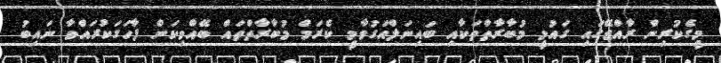
މީގެކުރިން ރާއްޖޭގައި ގައުމީ މުބާރާތްތަކާއި ބައިނަލްއަގުވާމީ ކެރަމް މުބާރާތްތައް ބޭއްވިކަން ފާހަގަކުރައްވާ ނައިބު